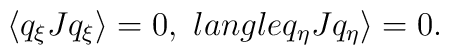
\langle q_{\xi }Jq_{\xi }\rangle=0,\ \ \\langle q_{\eta }Jq_{\eta }\rangle =0.